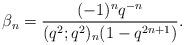
LaTeX: \begin{align*} \beta_n = \frac{(-1)^nq^{-n}}{(q^2;q^2)_{n}(1-q^{2n+1})}.\end{align*}